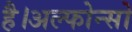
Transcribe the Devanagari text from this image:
है।अल्फोन्सो